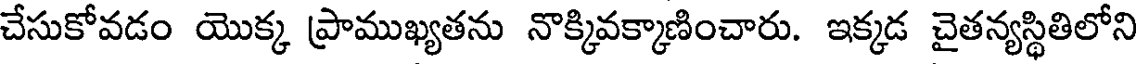
చేసుకోవడం యొక్క ప్రాముఖ్యతను నొక్కివక్కాణించారు. ఇక్కడ చైతన్యస్థితిలోని